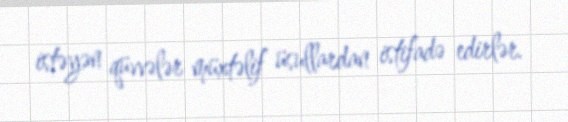
istəyən qüvvələr müxtəlif üsullardan istifadə edirlər.